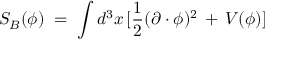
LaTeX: S _ { B } ( \phi ) \; = \; \int d ^ { 3 } x \, [ \frac { 1 } { 2 } ( \partial \cdot \phi ) ^ { 2 } \, + \, V ( \phi ) ]